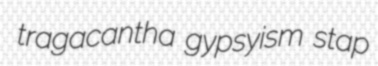
tragacantha gypsyism stap